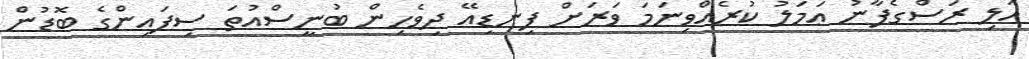
އަލި ރަސްގެފާނު ޢަމަލު ކުރެއްވިނަމަ ވަރަށް ފިނޑިއޭ ދިވެހިން ބުނީސްއުތަ ސިފައިންގެ ބޮޑުން